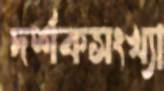
দর্শকসংখ্যা